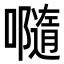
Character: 𡃴